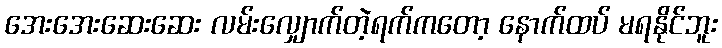
အေးအေးဆေးဆေး လမ်းလျှောက်တဲ့ရက်ကတော့ နောက်ထပ် မရနိုင်ဘူး